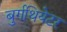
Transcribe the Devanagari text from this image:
बुर्गथियेटर